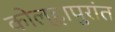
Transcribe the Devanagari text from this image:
कोल्हापुरांत